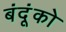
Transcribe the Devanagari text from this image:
बंदूंको